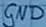
Text: GND